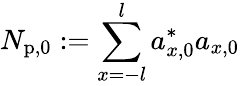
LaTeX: N_{\mathrm{p},0}:=\sum_{x=-l}^{l}a_{x,0}^{\ast}a_{x,0}